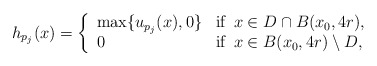
\begin{align*}h_{p_j}(x) = \left\{\begin{array}{ll}\max\{u_{p_j}(x),0\} & \textrm{if }\, x\in D\cap B(x_0,4r), \\0 & \textrm{if }\, x\in B(x_0,4r)\setminus D, \end{array}\right.\end{align*}